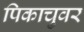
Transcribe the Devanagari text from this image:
पिकाचुवर